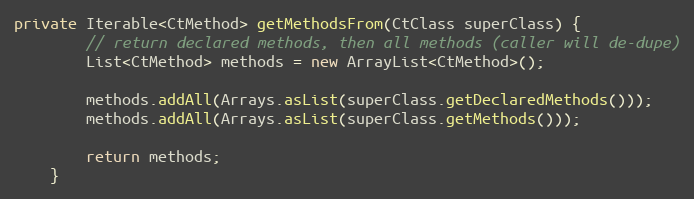
Language: Java
private Iterable<CtMethod> getMethodsFrom(CtClass superClass) {
        // return declared methods, then all methods (caller will de-dupe)
        List<CtMethod> methods = new ArrayList<CtMethod>();

        methods.addAll(Arrays.asList(superClass.getDeclaredMethods()));
        methods.addAll(Arrays.asList(superClass.getMethods()));

        return methods;
    }